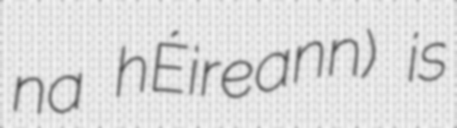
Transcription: na hÉireann) is